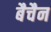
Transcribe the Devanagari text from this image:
बैचैन